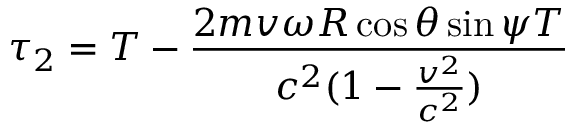
\tau _ { 2 } = T - \frac { 2 m v \omega R \cos { \theta } \sin { \psi } T } { c ^ { 2 } ( 1 - \frac { v ^ { 2 } } { c ^ { 2 } } ) }